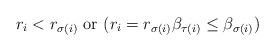
LaTeX: \begin{align*}r_i<r_{\sigma(i)} \textrm{ or } ( r_i=r_{\sigma(i)} \beta_{\tau(i)}\leq \beta_{\sigma(i)} ) \end{align*}